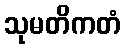
သုမတိကတံ